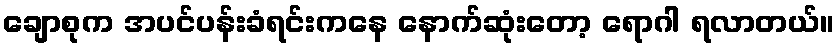
ချောစုက အပင်ပန်းခံရင်းကနေ နောက်ဆုံးတော့ ရောဂါ ရလာတယ်။